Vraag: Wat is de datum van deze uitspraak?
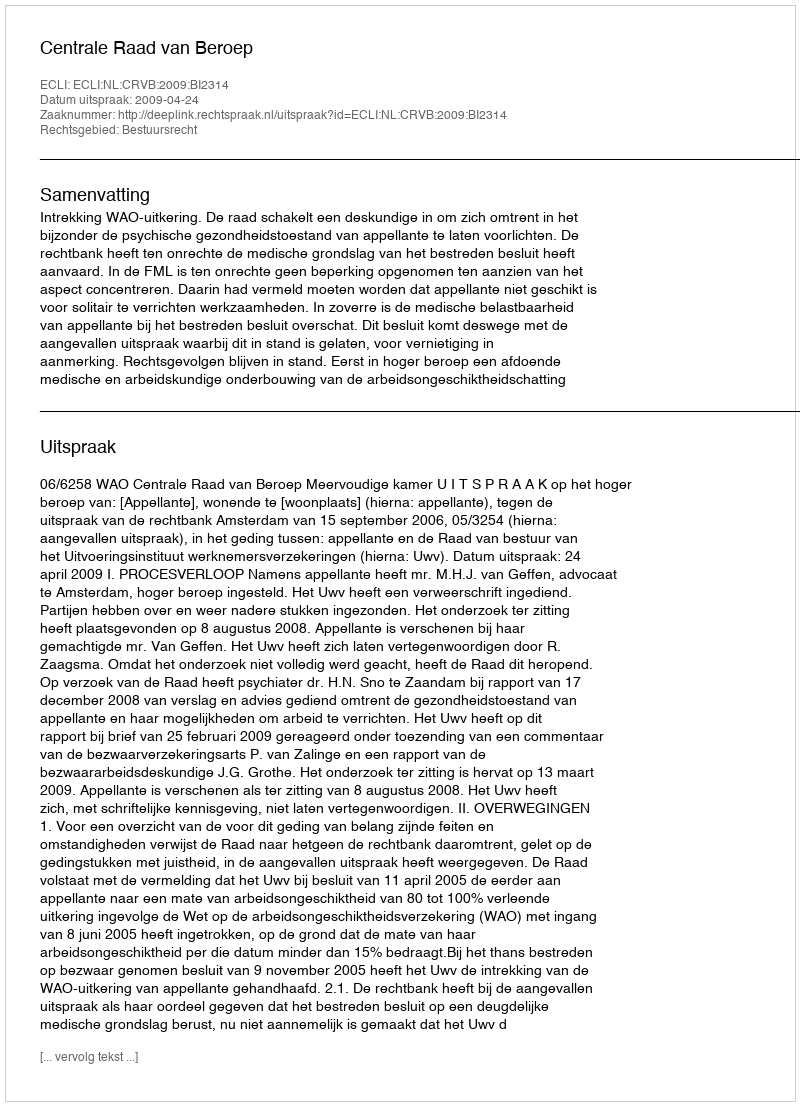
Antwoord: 2009-04-24